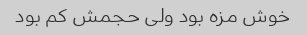
خوش مزه بود ولی حجمش کم بود